Riigikantselei, lk 135
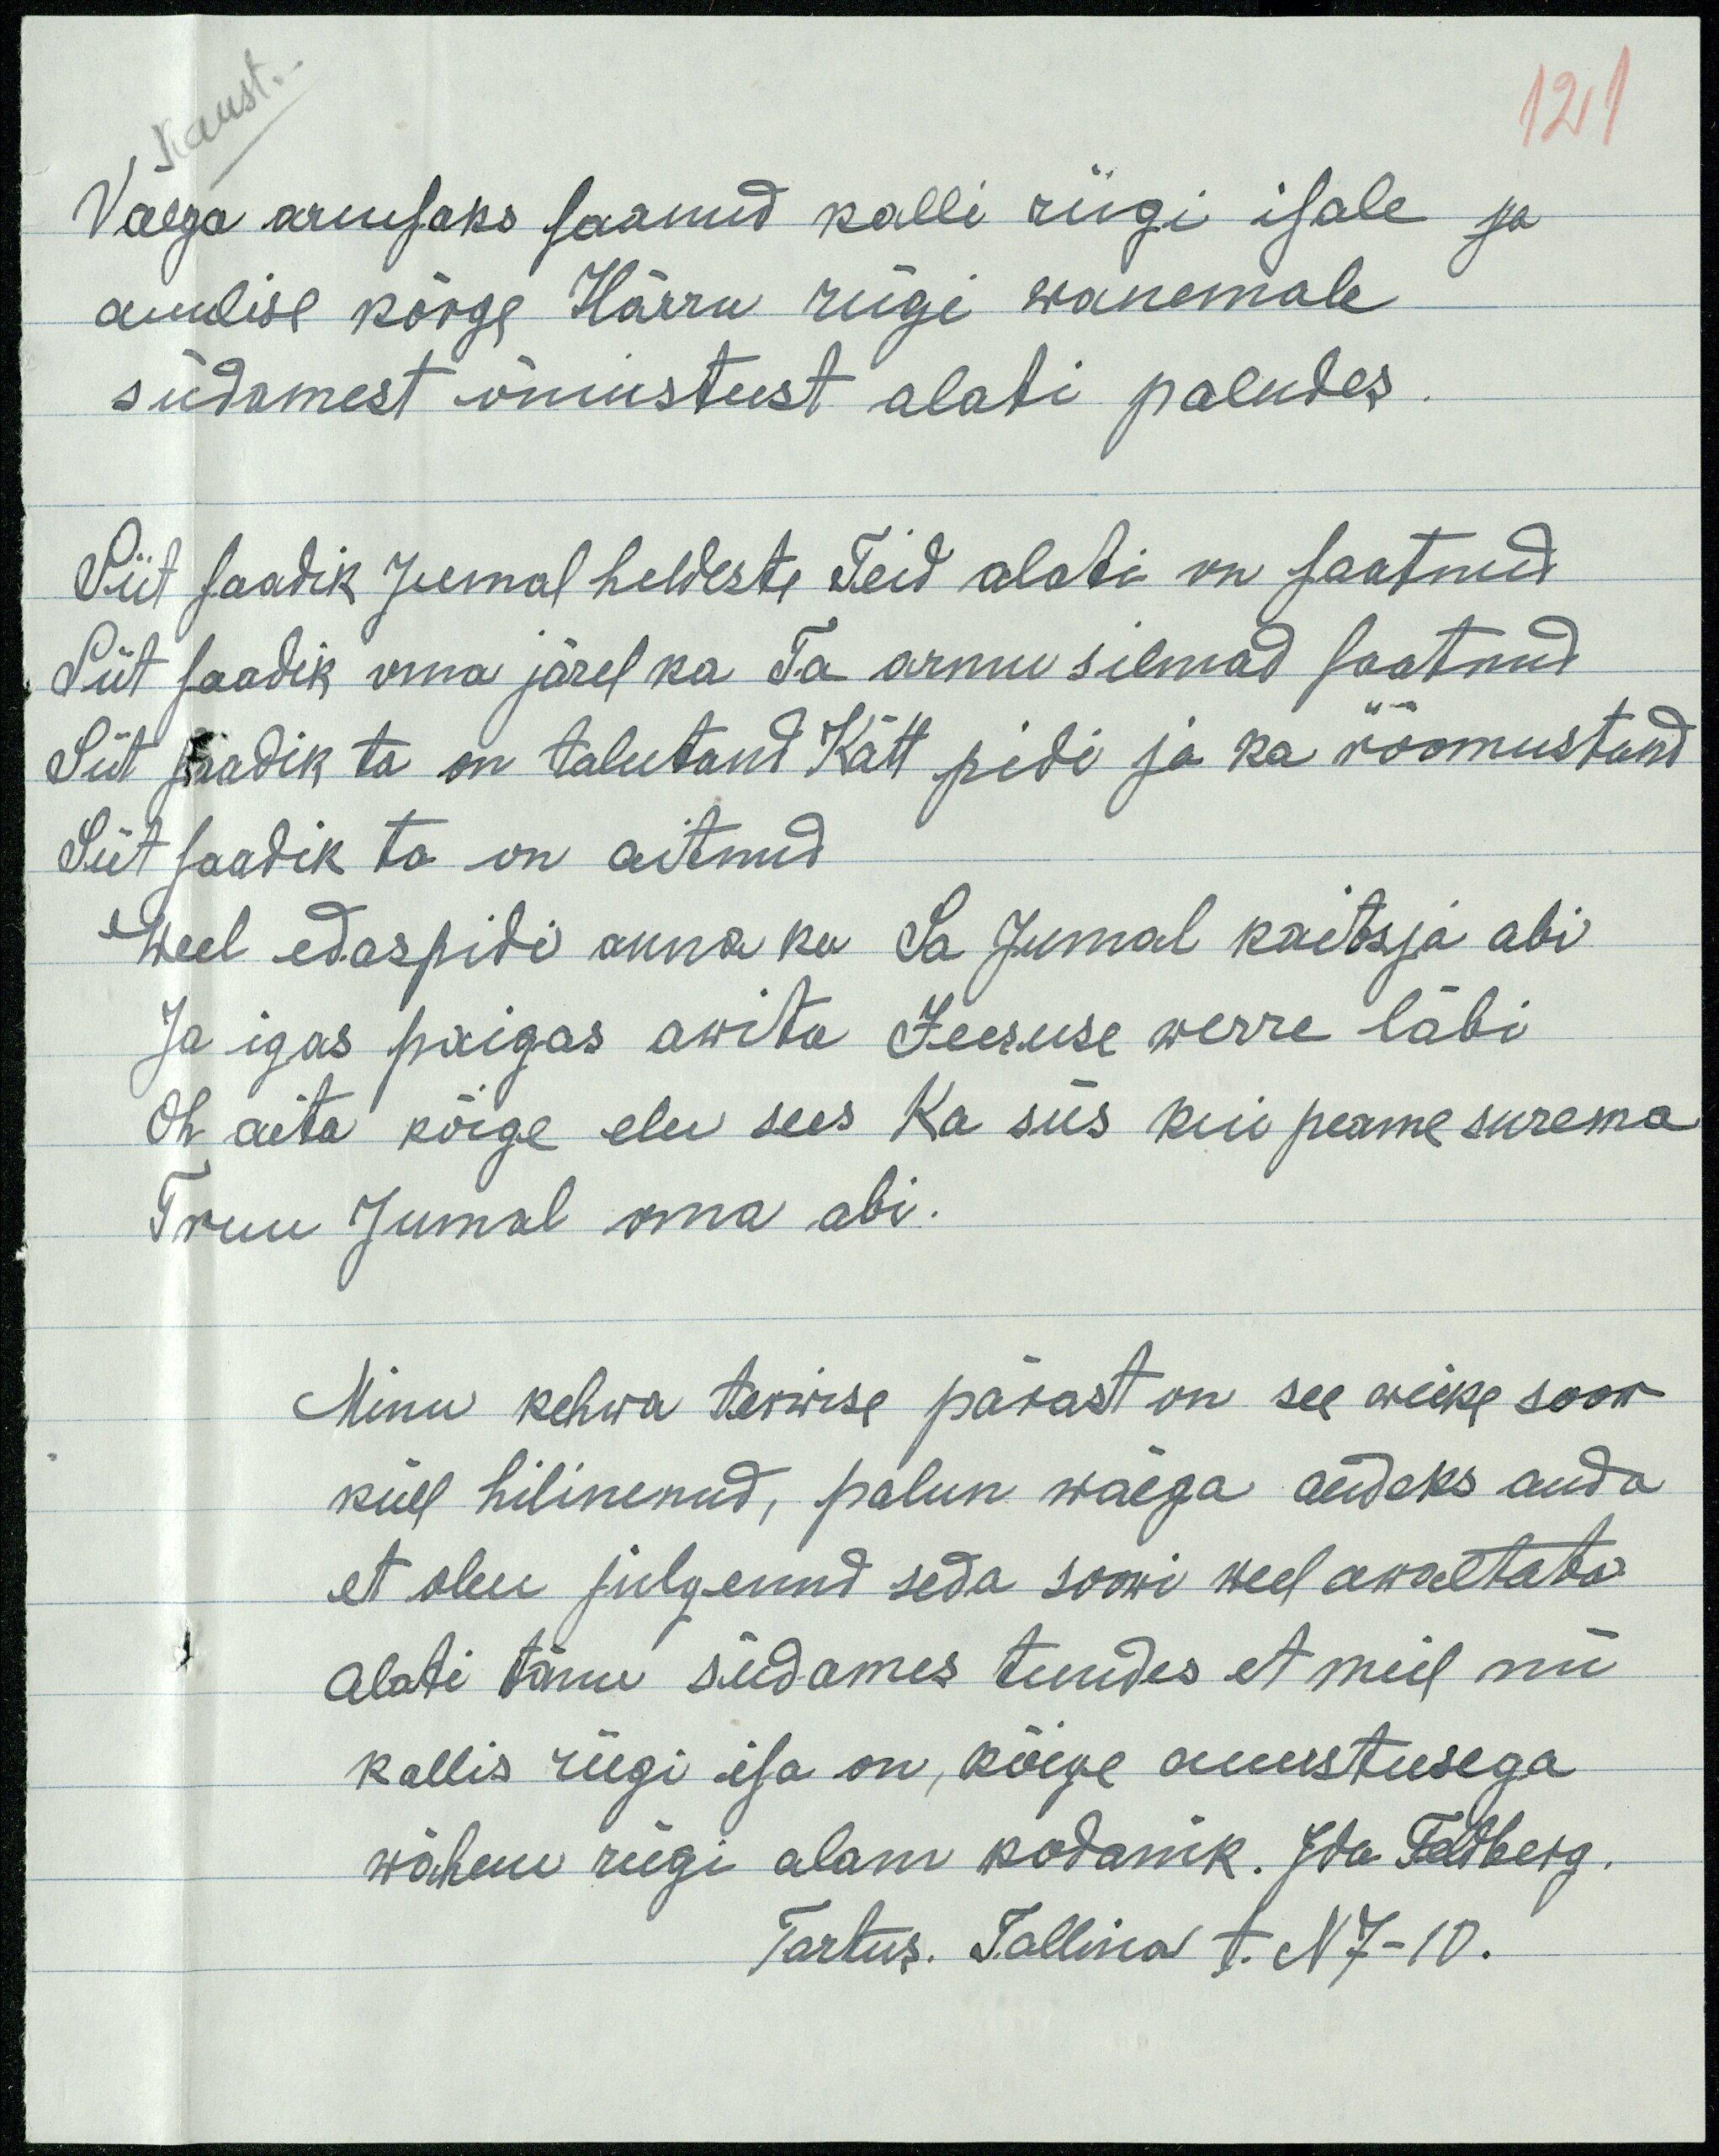
121
Väega armsaks saanud klli riigi isale ja
auulise kõrge Härra riigi vanemale
südamest õnnistust alati paludes.
Siit saadik Jumal heldeste eid alati on saatnud
Siit saadik oma järel ka Ta armu silmad saatnud
Siit saadik ta on talutand Kätt pidi ja ka rõõmustand
Siit saadik ta on aitnud
Weel edaspidi anna ka Sa Jumal kaitsja abi
Ja igas paigas awita Jeesuse werre läbi
Oh aita kõige elu sees ka siis kui peame surema
Truu Jumal oma abi.
Minu kehwa terwise pärast on see weike soow
küll hilinenud, palun wäega andeks anda
et olen julgemalt seda soowi weel awaltata
Alati tänu südames tundes et meil nii
kallis riigi isa on, kõige auustusega
wähem riigi alam kodanik. Ida Feldberg.
Tartus. Tallina t. N 7-10.